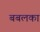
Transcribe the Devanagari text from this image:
बबलका